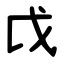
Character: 戉